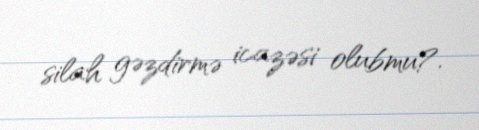
silah gəzdirmə icazəsi olubmu?.